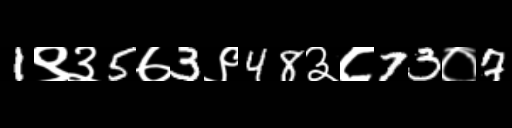
Text: 1९३5७3९48३८73०7